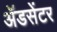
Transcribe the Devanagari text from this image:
ॲडसेंटर